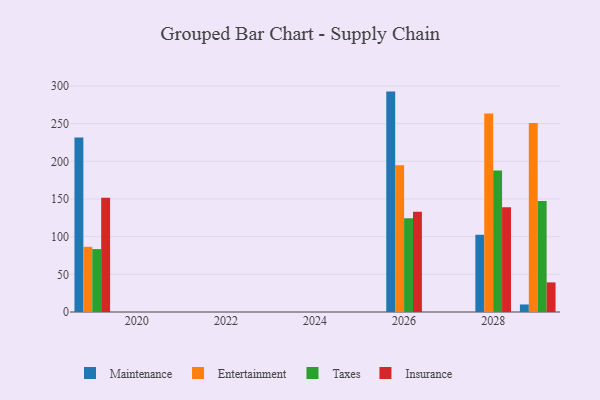
{"axis": {"x": "Year", "y": "Revenue (USD Million)"}, "legend": ["Entertainment", "Insurance", "Maintenance", "Taxes"], "data": [{"x": "2026", "y": 292.5, "type": "Maintenance"}, {"x": "2026", "y": 194.9, "type": "Entertainment"}, {"x": "2026", "y": 124.3, "type": "Taxes"}, {"x": "2026", "y": 133.0, "type": "Insurance"}, {"x": "2029", "y": 10.0, "type": "Maintenance"}, {"x": "2029", "y": 250.7, "type": "Entertainment"}, {"x": "2029", "y": 147.4, "type": "Taxes"}, {"x": "2029", "y": 39.3, "type": "Insurance"}, {"x": "2028", "y": 102.5, "type": "Maintenance"}, {"x": "2028", "y": 263.3, "type": "Entertainment"}, {"x": "2028", "y": 187.7, "type": "Taxes"}, {"x": "2028", "y": 138.9, "type": "Insurance"}, {"x": "2019", "y": 231.6, "type": "Maintenance"}, {"x": "2019", "y": 86.5, "type": "Entertainment"}, {"x": "2019", "y": 83.5, "type": "Taxes"}, {"x": "2019", "y": 151.7, "type": "Insurance"}]}